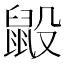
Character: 𪕂